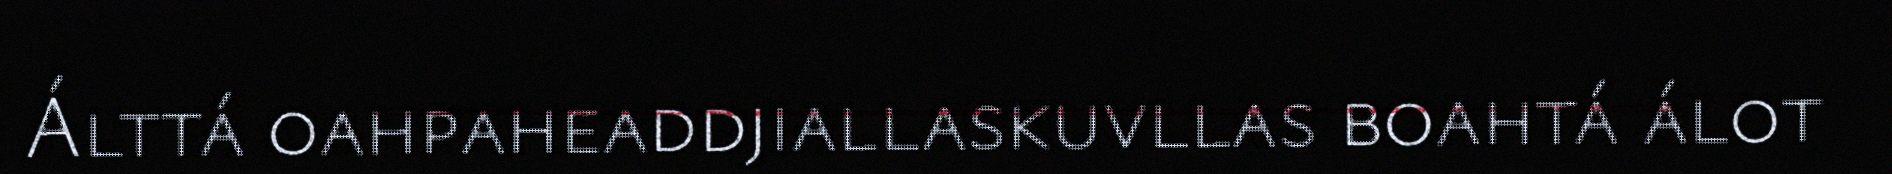
Álttá oahpaheaddjiallaskuvllas boahtá álot